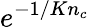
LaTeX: e^{-1/Kn_{c}}